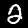
Label: 2